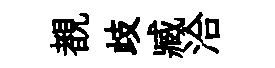
覩歧臧洽